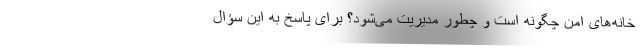
خانه‌های امن چگونه است و چطور مدیریت می‌شود؟ برای پاسخ به این سؤال